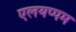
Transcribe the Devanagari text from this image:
एलयप्पम